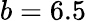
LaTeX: b=6.5